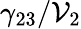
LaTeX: \gamma_{23}/\mathcal{V}_{2}